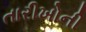
તારીખોની